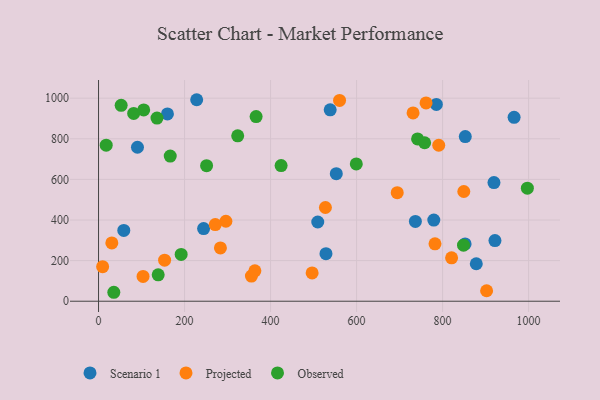
{"axis": {"x": "Study Hours", "y": "Sales"}, "legend": ["Observed", "Projected", "Scenario 1"], "data": [{"x": "878.3", "y": 184.5, "type": "Scenario 1"}, {"x": "966.2", "y": 905.7, "type": "Scenario 1"}, {"x": "509.7", "y": 390.3, "type": "Scenario 1"}, {"x": "528.8", "y": 234.3, "type": "Scenario 1"}, {"x": "58.7", "y": 348.6, "type": "Scenario 1"}, {"x": "160.2", "y": 922.5, "type": "Scenario 1"}, {"x": "779.5", "y": 399.6, "type": "Scenario 1"}, {"x": "921.7", "y": 298.5, "type": "Scenario 1"}, {"x": "228.2", "y": 992.4, "type": "Scenario 1"}, {"x": "785.5", "y": 969.2, "type": "Scenario 1"}, {"x": "552.8", "y": 628.3, "type": "Scenario 1"}, {"x": "90.5", "y": 758.4, "type": "Scenario 1"}, {"x": "736.7", "y": 393.1, "type": "Scenario 1"}, {"x": "852.7", "y": 811.1, "type": "Scenario 1"}, {"x": "852.3", "y": 282.2, "type": "Scenario 1"}, {"x": "244.3", "y": 357.7, "type": "Scenario 1"}, {"x": "538.6", "y": 942.9, "type": "Scenario 1"}, {"x": "919.4", "y": 584.5, "type": "Scenario 1"}, {"x": "761.5", "y": 976.8, "type": "Projected"}, {"x": "355.5", "y": 124.1, "type": "Projected"}, {"x": "694.5", "y": 534.6, "type": "Projected"}, {"x": "902.3", "y": 51.5, "type": "Projected"}, {"x": "496.6", "y": 139.6, "type": "Projected"}, {"x": "296.1", "y": 394.0, "type": "Projected"}, {"x": "153.6", "y": 202.4, "type": "Projected"}, {"x": "782.3", "y": 282.5, "type": "Projected"}, {"x": "271.4", "y": 377.7, "type": "Projected"}, {"x": "731.3", "y": 927.5, "type": "Projected"}, {"x": "363.5", "y": 149.6, "type": "Projected"}, {"x": "9.5", "y": 170.0, "type": "Projected"}, {"x": "791.0", "y": 768.3, "type": "Projected"}, {"x": "849.3", "y": 540.5, "type": "Projected"}, {"x": "283.4", "y": 262.4, "type": "Projected"}, {"x": "30.9", "y": 287.1, "type": "Projected"}, {"x": "820.9", "y": 213.6, "type": "Projected"}, {"x": "103.5", "y": 122.0, "type": "Projected"}, {"x": "560.4", "y": 988.9, "type": "Projected"}, {"x": "527.5", "y": 461.5, "type": "Projected"}, {"x": "997.1", "y": 556.9, "type": "Observed"}, {"x": "251.2", "y": 667.4, "type": "Observed"}, {"x": "81.7", "y": 924.9, "type": "Observed"}, {"x": "741.8", "y": 799.4, "type": "Observed"}, {"x": "848.6", "y": 276.0, "type": "Observed"}, {"x": "424.5", "y": 668.1, "type": "Observed"}, {"x": "758.2", "y": 780.5, "type": "Observed"}, {"x": "166.7", "y": 715.0, "type": "Observed"}, {"x": "135.9", "y": 902.1, "type": "Observed"}, {"x": "366.4", "y": 909.5, "type": "Observed"}, {"x": "323.6", "y": 814.6, "type": "Observed"}, {"x": "35.5", "y": 44.1, "type": "Observed"}, {"x": "138.7", "y": 130.1, "type": "Observed"}, {"x": "192.1", "y": 230.7, "type": "Observed"}, {"x": "105.0", "y": 942.3, "type": "Observed"}, {"x": "17.8", "y": 768.5, "type": "Observed"}, {"x": "599.3", "y": 676.2, "type": "Observed"}, {"x": "52.6", "y": 964.8, "type": "Observed"}]}